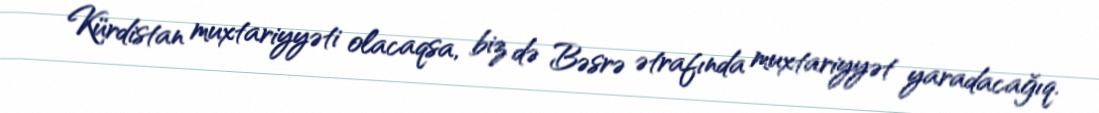
Kürdistan muxtariyyəti olacaqsa, biz də Bəsrə ətrafında muxtariyyət yaradacağıq.